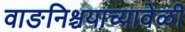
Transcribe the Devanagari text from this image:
वाङनिश्चयाच्यावेळी